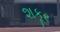
શકૂર